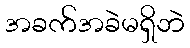
အခက်အခဲမရှိဘဲ